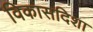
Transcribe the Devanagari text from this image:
विकासदिशा